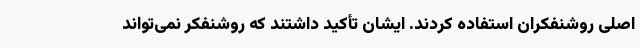
اصلی روشنفکران استفاده کردند. ایشان تأکید داشتند که روشنفکر نمی‌تواند